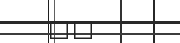
٦٧